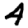
Digit: 4